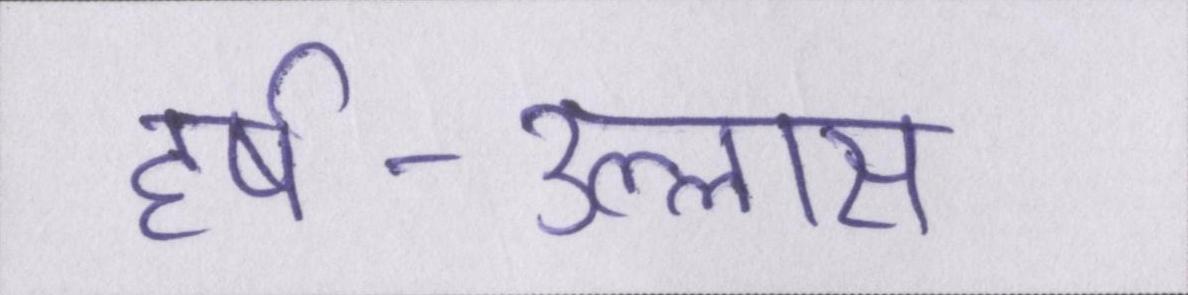
हर्ष-उल्लास